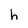
Character: h